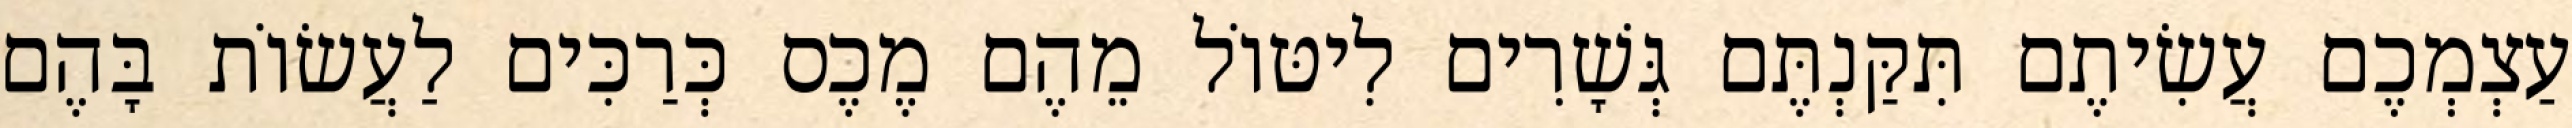
עַצְמְכֶם עֲשִׂיתֶם תִּקַּנְתֶּם גְּשָׁרִים לִיטּוֹל מֵהֶם מֶכֶס כְּרַכִּים לַעֲשׂוֹת בָּהֶם